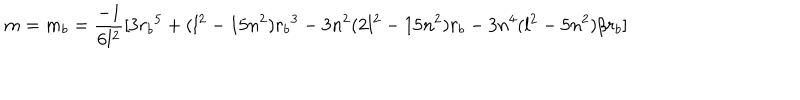
m = m _ { b } = { \frac { - 1 } { 6 l ^ { 2 } } } [ 3 { r _ { b } } ^ { 5 } + ( l ^ { 2 } - 1 5 n ^ { 2 } ) { r _ { b } } ^ { 3 } - 3 n ^ { 2 } ( 2 l ^ { 2 } - 1 5 n ^ { 2 } ) { r _ { b } } - 3 n ^ { 4 } ( l ^ { 2 } - 5 n ^ { 2 } ) / r _ { b } ]